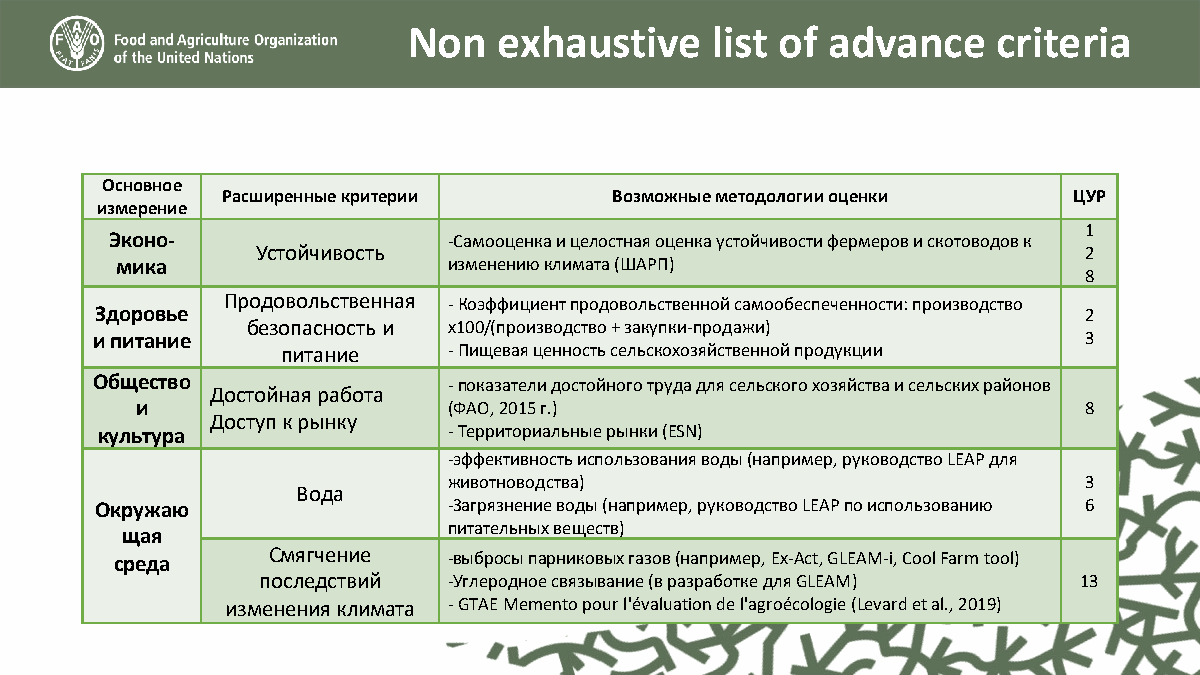
Non   exhaustive    list of advance    criteria
 Основное
 Расширенные критерии      Возможные методологии оценки  ЦУР
 измерение
 1
 Эконо-                 -Самооценка и целостная оценка устойчивости фермеров и скотоводов к
 Устойчивость                                           2
 мика                  изменению климата (ШАРП)
 8
 Продовольственная -Коэффициент продовольственной самообеспеченности: производство
 Здоровье                                                          2
 безопасность и x100/(производство + закупки-продажи)
 и питание                                                         3
 питание    -Пищевая ценность сельскохозяйственной продукции
 Общество                -показатели достойного труда для сельского хозяйства и сельских районов
 Достойная работа
 и                    (ФАО, 2015 г.)                            8
 Доступ к рынку
 культура               -Территориальные рынки (ESN)
 -эффективность использования воды (например, руководство LEAPдля
 животноводства)                           3
 Вода
 Окружаю                 -Загрязнение воды (например, руководство LEAPпо использованию 6
 питательных веществ)
 щая
 среда     Смягчение   -выбросы парниковых газов (например, Ex-Act, GLEAM-i, CoolFarmtool)
 последствий  -Углеродное связывание (в разработке для GLEAM) 13
 изменения климата -GTAEMemento pour l'évaluationde l'agroécologie(Levardet al., 2019)